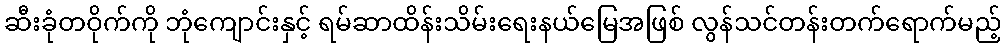
ဆီးခုံတဝိုက်ကို ဘုံကျောင်းနှင့် ရမ်ဆာထိန်းသိမ်းရေးနယ်မြေအဖြစ် လွန်သင်တန်းတက်ရောက်မည့်